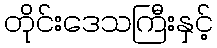
တိုင်းဒေသကြီးနှင့်